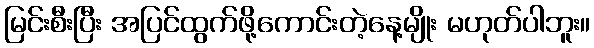
မြင်းစီးပြီး အပြင်ထွက်ဖို့ကောင်းတဲ့နေ့မျိုး မဟုတ်ပါဘူး။